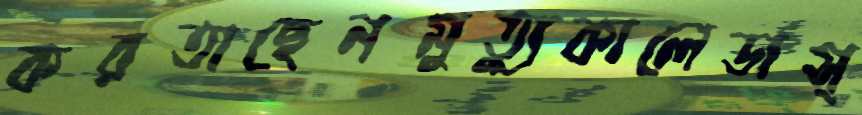
করতাছেনমুত্যুকালেডাস্